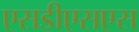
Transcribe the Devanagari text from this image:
एसडीएसएस